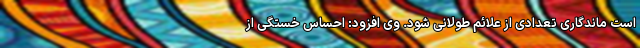
است ماندگاری تعدادی از علائم طولانی شود. وی افزود: احساس خستگی از